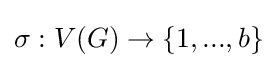
\sigma :V(G)\rightarrow \{1,...,b\}